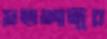
সহালাঙ্গুর